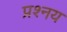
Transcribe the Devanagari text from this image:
प्रश्नय